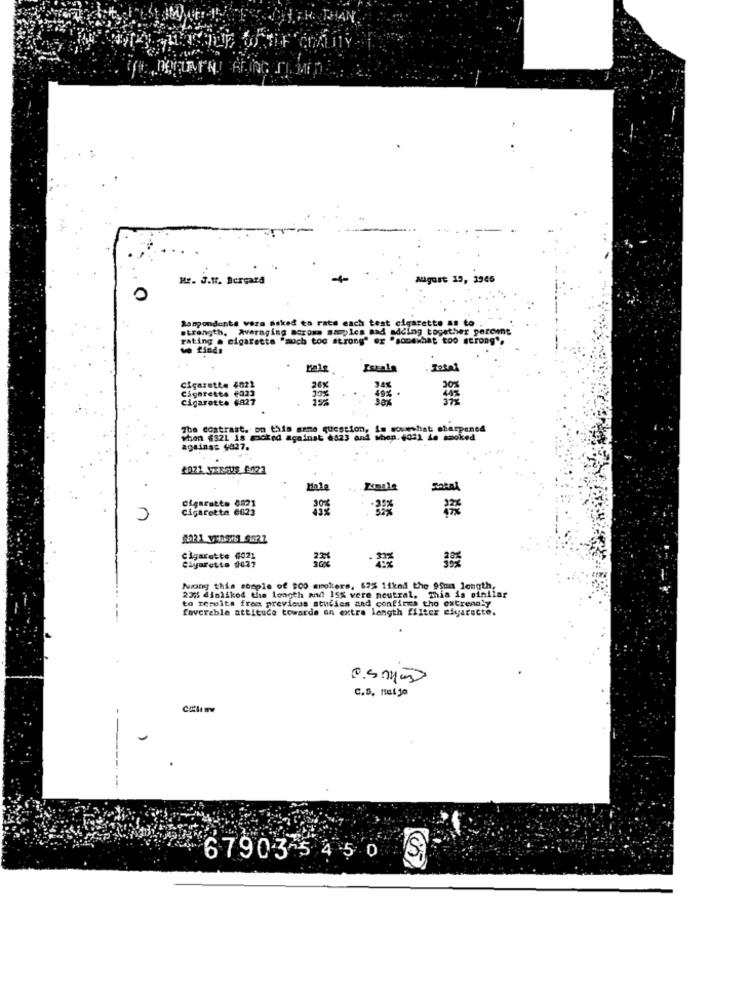
He. J.M. Bcrgard
+
august 15, 1945
Ranpondente vera asked en rate each test cigarette as to
strength, Averaging moroms samples and adding together percent
rating a cigaretta "much too strong" er "somewhat too strong".
wo finds
Iszala
Cigarette 4021
Cigarette fazz
cigarette
30%
The coatrast. on this same question, in mouwwhat sharpened
when $321 is moked against 6823 and Mien. 4011 de smoked
against 4827.
Hala
Pomale
Total
Cigarette 0821
Cigaretta €823
Cigarette 6021
Cigarette dü27
Nong this sample of $00 smokers, 62% 11kad the 99ma Jongth,
23% dinliked the length and 15% vere neutral, This is similar
to receita from previous studies and confirms tho extrenaly
favorable attitude towards on extra length filter eiyarecte.
C.S. nul jo
Colinv
67903-5450